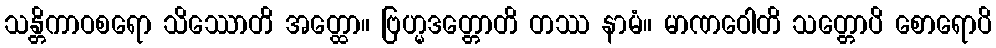
သန္တိကာဝစရော သိဿောတိ အတ္ထော။ ဗြဟ္မဒတ္တောတိ တဿ နာမံ။ မာဏဝေါတိ သတ္တောပိ စောရောပိ